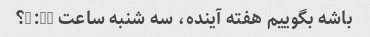
باشه بگوییم هفته آینده، سه شنبه ساعت 2:30؟